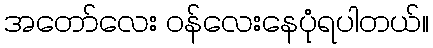
အတော်လေး ဝန်လေးနေပုံရပါတယ်။